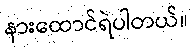
နားထောင်ရဲပါတယ်။